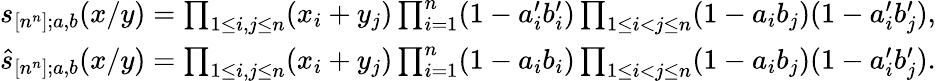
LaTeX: \begin{array}{r}{s_{[n^{n}];a,b}(x/y)=\prod_{1\leq i,j\leq n}(x_{i}+y_{j})\prod_{i=1}^{n}(1-a_{i}^{\prime}b_{i}^{\prime})\prod_{1\leq i<j\leq n}(1-a_{i}b_{j})(1-a_{i}^{\prime}b_{j}^{\prime}),}\\ {\widehat{s}_{[n^{n}];a,b}(x/y)=\prod_{1\leq i,j\leq n}(x_{i}+y_{j})\prod_{i=1}^{n}(1-a_{i}b_{i})\prod_{1\leq i<j\leq n}(1-a_{i}b_{j})(1-a_{i}^{\prime}b_{j}^{\prime}).}\end{array}